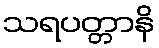
သရပတ္တာနိ